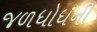
જળધોધની